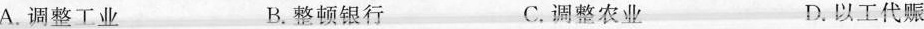
A.调整工业 B.整顿银行 C.调整农业 D.以工代赈